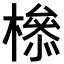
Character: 𣚈